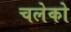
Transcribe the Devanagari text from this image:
चलेको